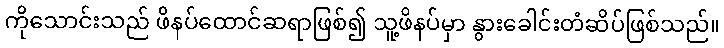
ကိုသောင်းသည် ဖိနပ်ထောင်ဆရာဖြစ်၍ သူ့ဖိနပ်မှာ နွားခေါင်းတံဆိပ်ဖြစ်သည်။